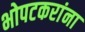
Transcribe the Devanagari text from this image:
भोपटकरांना